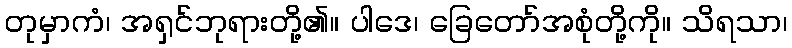
တုမှာကံ၊ အရှင်ဘုရားတို့၏။ ပါဒေ၊ ခြေတော်အစုံတို့ကို။ သိရသာ၊